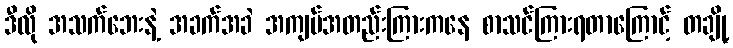
ဒီလို အသက်ဘေးနဲ့ အခက်အခဲ အကျပ်အတည်းကြားကနေ စာသင်ကြားရတာကြောင့် တချို့